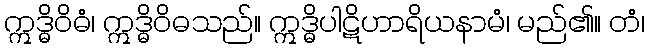
ဣဒ္ဓိဝိဓံ၊ ဣဒ္ဓိဝိဓသည်။ ဣဒ္ဓိပါဋိဟာရိယနာမံ၊ မည်၏။ တံ၊